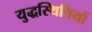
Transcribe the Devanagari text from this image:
युद्धस्थितियों